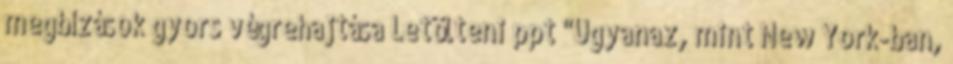
megbízások gyors végrehajtása Letölteni ppt "Ugyanaz, mint New York-ban,